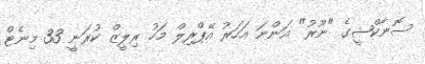
ސޮނާކްޝީގެ "ނޫރު" އަންނަ އަހަރު އޭޕްރިލް މަހު ރިލީޒް ކުރަނީ 33 މިނެޓް